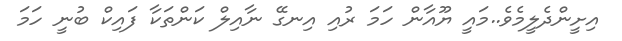
އިށީންދެލީމެވެ..މައީ ޔޫއާން ހަމަ ރުއި އިނގޭ ނާއިލް ކަންތަކާ ފައިކް ބުނީ ހަމަ